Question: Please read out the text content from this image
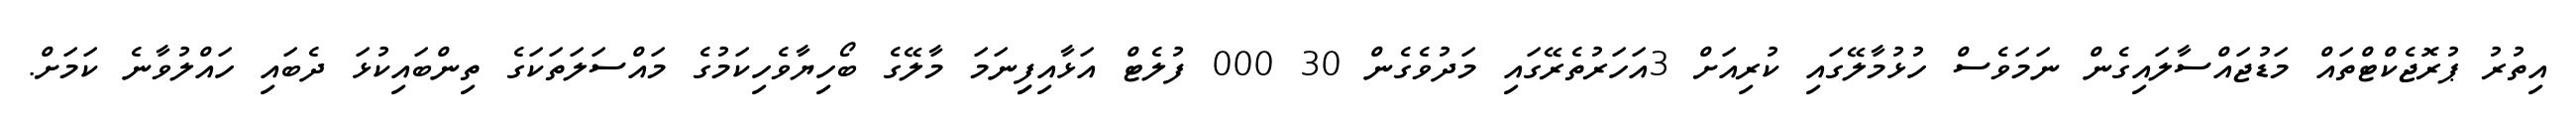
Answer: އިތުރު ޕުރޮޖެކްޓްތައް މަޑުޖައްސާލައިގެން ނަމަވެސް ހުޅުމާލޭގައި ކުރިއަށް 3އަހަރުތެރޭގައި މަދުވެގެން 30 000 ފުލެޓް އަޅާއިފިިނަމަ މާލޭގެ ބޯހިޔާވެހިކަމުގެ މައްސަލަތަކަގެ ތިންބައިކުޅަ ދެބައި ހައްލުވާނެ ކަމަށް.